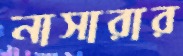
নাসারার